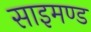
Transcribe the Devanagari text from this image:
साइमण्ड